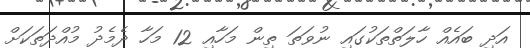
އަދި ބައެއް ހާލަތްތަކުގައި ނުވަތަ ތިން މަހާއި 12 މަހާ ދެމެދު މުއްދަތަކަށް